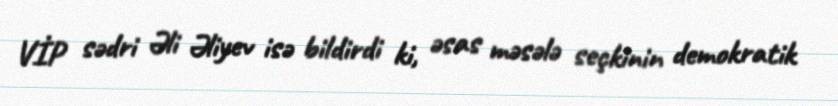
VİP sədri Əli Əliyev isə bildirdi ki, əsas məsələ seçkinin demokratik